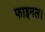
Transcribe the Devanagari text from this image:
फाइनल।